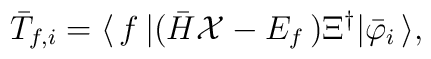
{\bar T}_{f,i}=\langle\,f\,|({\bar H}{\cal X}-E_{f}\,)\Xi^{\dagger}|{\bar \varphi}_i\,\rangle,